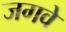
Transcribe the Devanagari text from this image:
जगवे